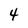
Character: 4